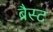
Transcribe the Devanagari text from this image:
ब्रैस्ट